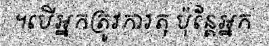
។បើអ្នកត្រូវការតុ ប៉ុន្តែអ្នក